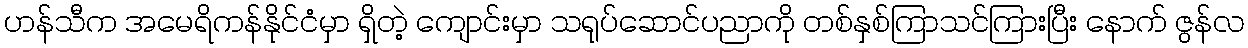
ဟန်သီက အမေရိကန်နိုင်ငံမှာ ရှိတဲ့ ကျောင်းမှာ သရုပ်ဆောင်ပညာကို တစ်နှစ်ကြာသင်ကြားပြီး နောက် ဇွန်လ